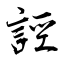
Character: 誙